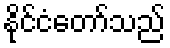
နိုင်ငံတော်သည်